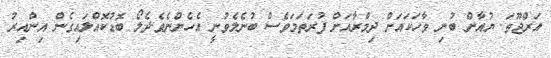
އަރްޖޫތަ. ޔުއާން ބުނި ވާހަކައަށް ދިމްރާއަށް ފުރަތަމަވެސް ބުނެލެވުނީ އެހެންނެވެ.ދެލޯ ބޮޑުކޮއްލައިގެން އިންއިރު